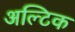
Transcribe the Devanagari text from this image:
अल्टिक